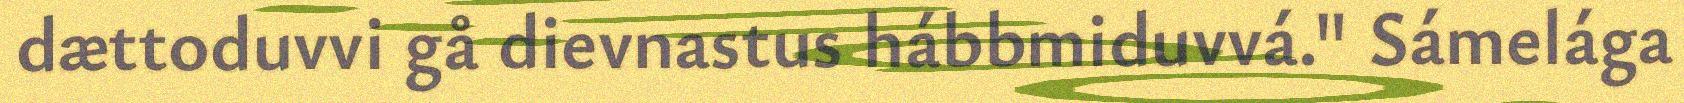
dættoduvvi gå dievnastus hábbmiduvvá." Sámelága